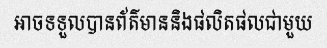
អាចទទួលបានព័ត៌មាននិងផលិតផលជាមួយ